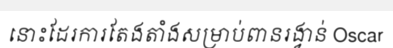
នោះដែរការតែងតាំងសម្រាប់ពានរង្វាន់ Oscar